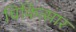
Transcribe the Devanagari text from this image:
चिकित्सार